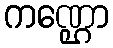
ကဏ္ဌော